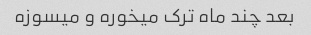
بعد چند ماه ترک میخوره و میسوزه